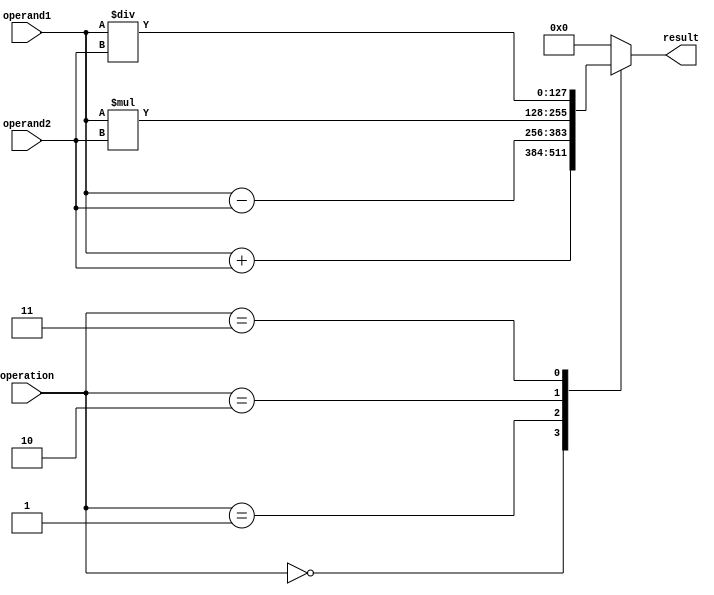
module quad_precision_fp_unit (
    input [127:0] operand1,
    input [127:0] operand2,
    input [2:0] operation, // 0: addition, 1: subtraction, 2: multiplication, 3: division
    output reg [127:0] result
);

always @(*) begin
    case(operation)
        3'b000: // addition
            result = operand1 + operand2;
        3'b001: // subtraction
            result = operand1 - operand2;
        3'b010: // multiplication
            result = operand1 * operand2;
        3'b011: // division
            result = operand1 / operand2;
        default:
            result = 128'h0; // default to 0
    endcase
end

endmodule